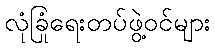
လုံခြုံရေးတပ်ဖွဲ့ဝင်များ